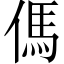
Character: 傌